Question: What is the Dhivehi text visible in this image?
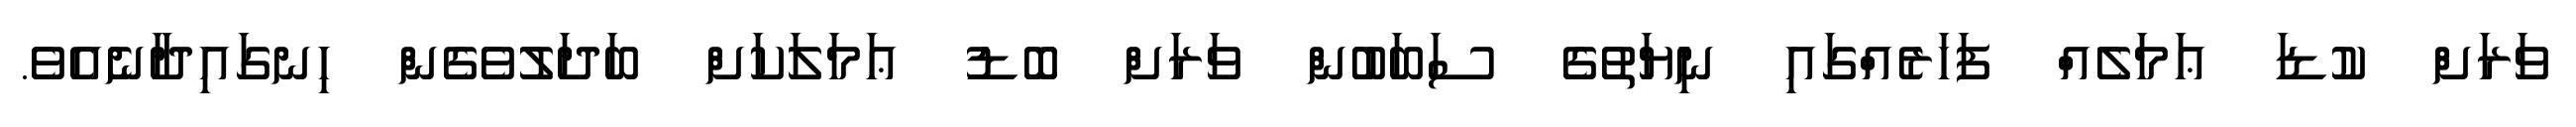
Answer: ވަރަށް ކުޑަ ޢަމަލެއް ފަހަރެއްގައި ނިޔަތުގެ ސަބަބުން ވަރަށް ބޮޑު ޢަމަލަކަށް ބަދަލުވެގެން ހިނގައިދާނެއެވެ.